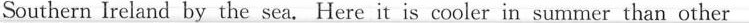
Southern Ireland by the sea. Here it is cooler in summer than other